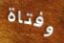
وفتاة